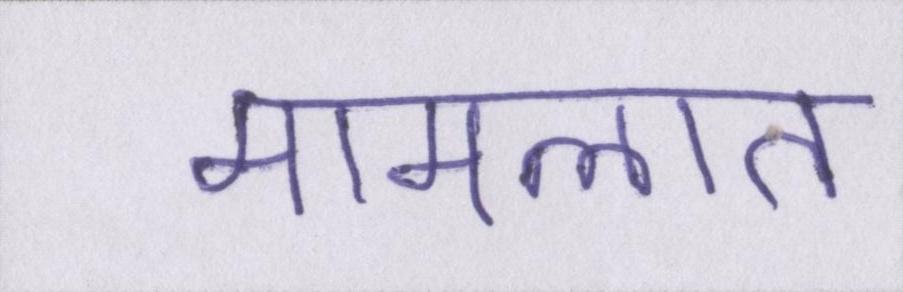
मामलात